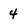
Character: 4